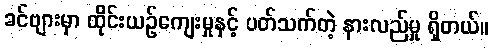
ခင်ဗျားမှာ ထိုင်းယဉ်ကျေးမှုနှင့် ပတ်သက်တဲ့ နားလည်မှု ရှိတယ်။